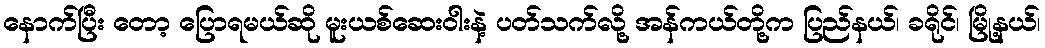
နောက်ပြီး တော့ ပြောရမယ်ဆို မူးယစ်ဆေးဝါးနဲ့ ပတ်သက်လို့ အန်ကယ်တို့က ပြည်နယ်၊ ခရိုင်၊ မြို့နယ်၊